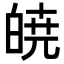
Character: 𭽙